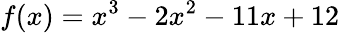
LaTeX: f(x)=x^{3}-2x^{2}-11x+12